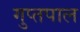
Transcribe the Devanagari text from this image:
गुप्तपाल